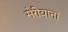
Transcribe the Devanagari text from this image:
मेरीयाना